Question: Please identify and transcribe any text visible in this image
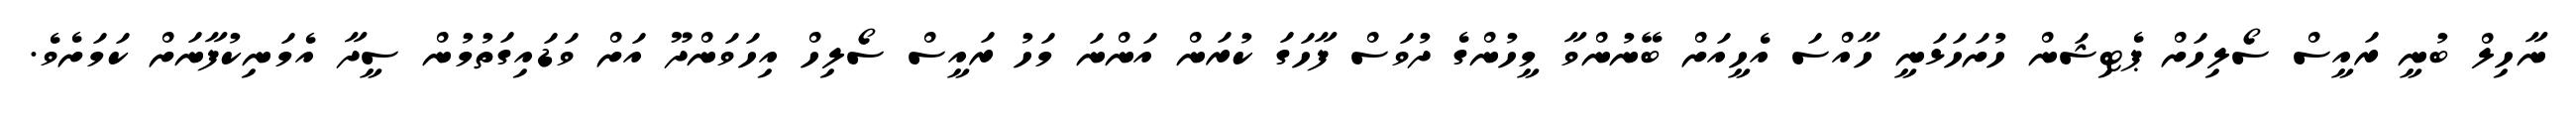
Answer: ނާހިލް ބުނީ ރައީސް ސޯލިހަށް ޕެޓިޝަން ހުށަހަޅަނީ ހާއްސަ އެހީއަށް ބޭނުންވާ މީހުންގެ ދުވަސް ފާހަގަ ކުރަން އަންނަ މަހު ރައީސް ސޯލިހް އިހަވަންދޫ އަށް ވަޑައިގަތުމުން ސީދާ އެމަނިކުފާނަށް ކަމަށެވެ.